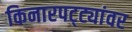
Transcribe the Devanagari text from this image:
किनारपट्ट्यांवर